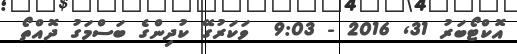
އޮކްޓޯބަރު 31